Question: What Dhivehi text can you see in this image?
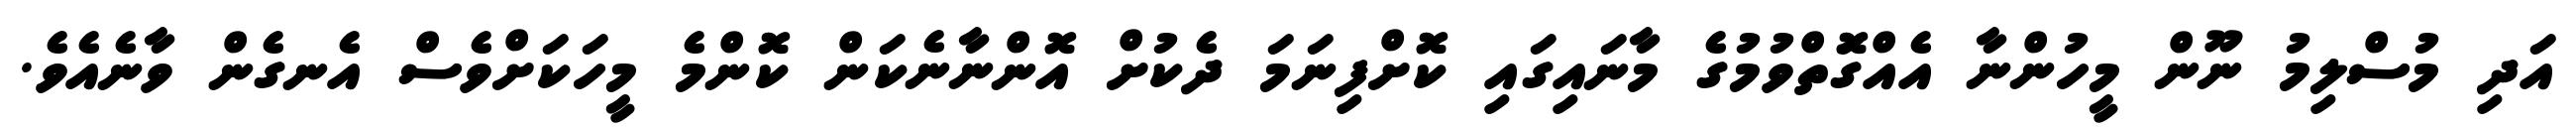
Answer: އަދި މުސްލިމު ނޫން މީހުންނާ އެއްގޮަތްވުމުގެ މާނައިގައި ކޮށްފިނަމަ ދެކުށް އޮންނާނެކަން ކޮންމެ މީހަކަށްވެސް އެނގެން ވާނެއެވެ.